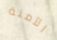
الآمنة